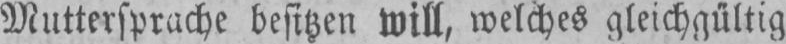
Muttersprache besitzen will, welches gleichgültig